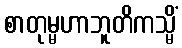
စာတုမ္မဟာဘူတိကသ္မိံ